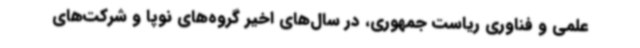
علمی و فناوری ریاست جمهوری، در سال‌های اخیر گروه‌های نوپا و شرکت‌های